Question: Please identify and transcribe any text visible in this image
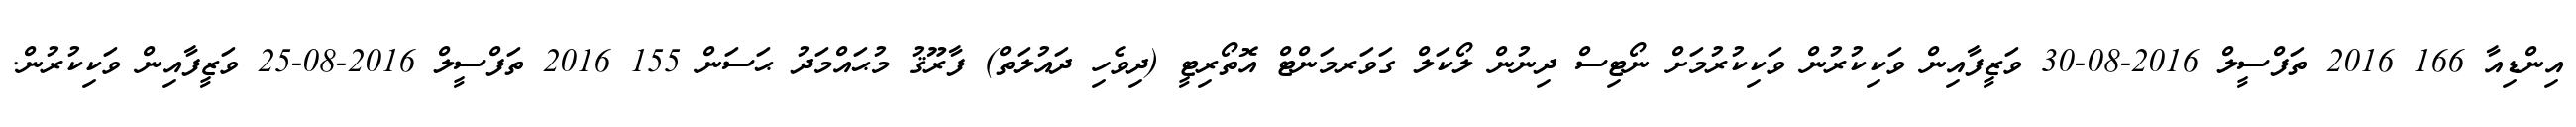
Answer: އިންޑިއާ 166 2016 ތަފްސީލް 2016-08-30 ވަޒީފާއިން ވަކިކުރުން ވަކިކުރުމަށް ނޯޓިސް ދިނުން ލޯކަލް ގަވަރމަންޓް އޮތޯރިޓީ (ދިވެހި ދައުލަތް) ފާރޫޤު މުޙައްމަދު ޙަސަން 155 2016 ތަފްސީލް 2016-08-25 ވަޒީފާއިން ވަކިކުރުން.